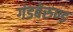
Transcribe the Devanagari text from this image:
गंडबेरुण्ड